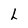
Character: L